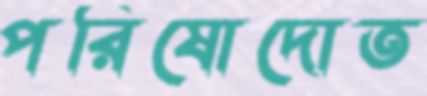
পরিষোদোত